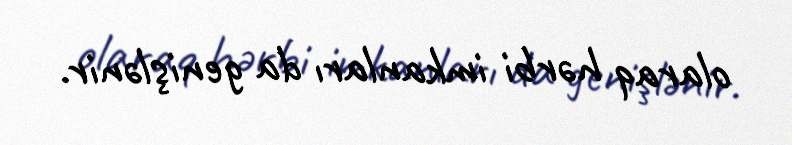
olaraq hərbi imkanları da genişlənir.